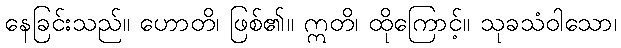
နေခြင်းသည်။ ဟောတိ၊ ဖြစ်၏။ ဣတိ၊ ထိုကြောင့်။ သုခသံဝါသော၊